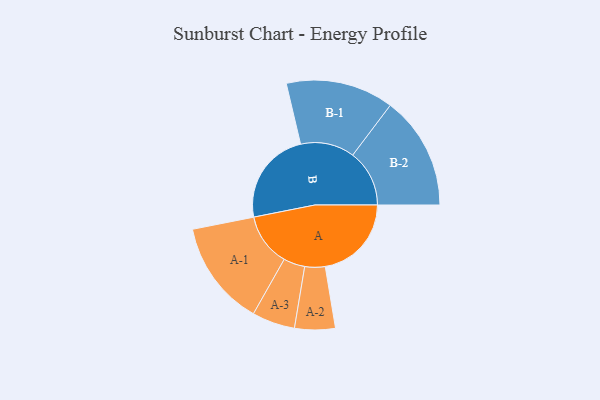
{"axis": {"x": "Segment", "y": "Value"}, "legend": ["", "A", "B"], "data": [{"x": "A", "y": 438, "type": ""}, {"x": "B", "y": 478, "type": ""}, {"x": "A-1", "y": 268, "type": "A"}, {"x": "A-2", "y": 103, "type": "A"}, {"x": "A-3", "y": 109, "type": "A"}, {"x": "B-1", "y": 274, "type": "B"}, {"x": "B-2", "y": 288, "type": "B"}]}